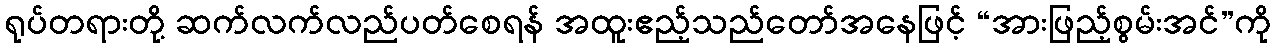
ရုပ်တရားတို့ ဆက်လက်လည်ပတ်စေရန် အထူးဧည့်သည်တော်အနေဖြင့် “အားဖြည့်စွမ်းအင်”ကို